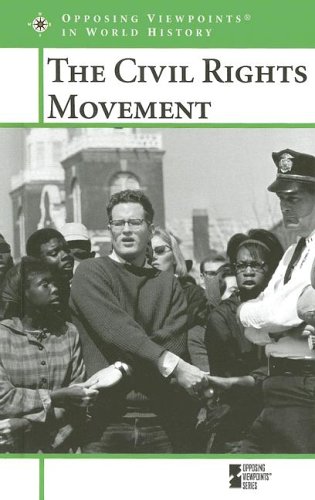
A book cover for Opposing Viewpoints in World History - The Civil Rights Movement (hardcover edition); Teen & Young Adult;